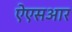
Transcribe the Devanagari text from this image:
ऐएसआर